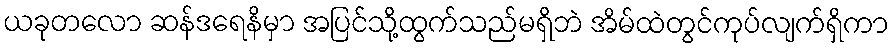
ယခုတလော ဆန်ဒရေနိမှာ အပြင်သို့ထွက်သည်မရှိဘဲ အိမ်ထဲတွင်ကုပ်လျက်ရှိကာ